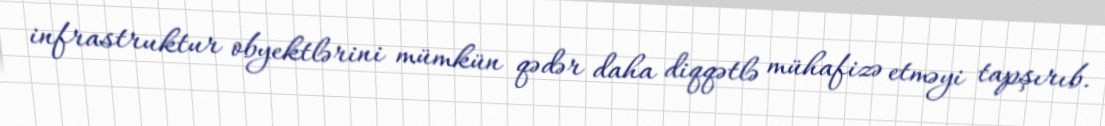
infrastruktur obyektlərini mümkün qədər daha diqqətlə mühafizə etməyi tapşırıb.